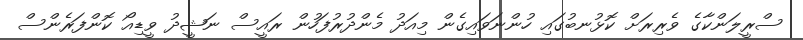
ސްރީލަންކާގެ ވެރިރަށް ކޮޅުނބުގައި ހުންނަވައިގެން މިއަދު މެންދުރުފަހުން ރައީސް ނަޝީދު ވީޑިއޯ ކޮންފަރެންސް